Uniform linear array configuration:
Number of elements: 16
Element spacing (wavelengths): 0.75
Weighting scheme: blackman
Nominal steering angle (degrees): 0
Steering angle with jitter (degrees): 0.8124
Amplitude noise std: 0.05
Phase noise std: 0.05

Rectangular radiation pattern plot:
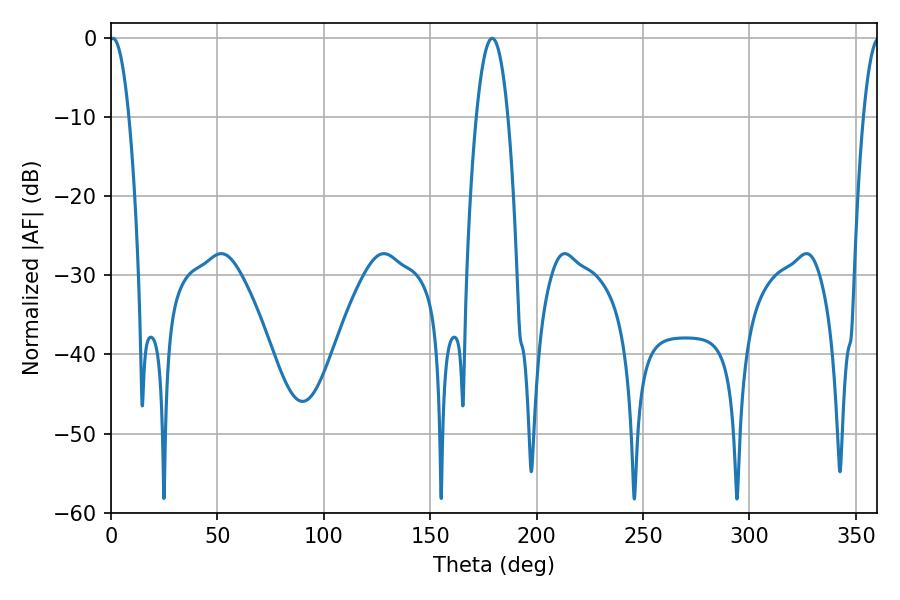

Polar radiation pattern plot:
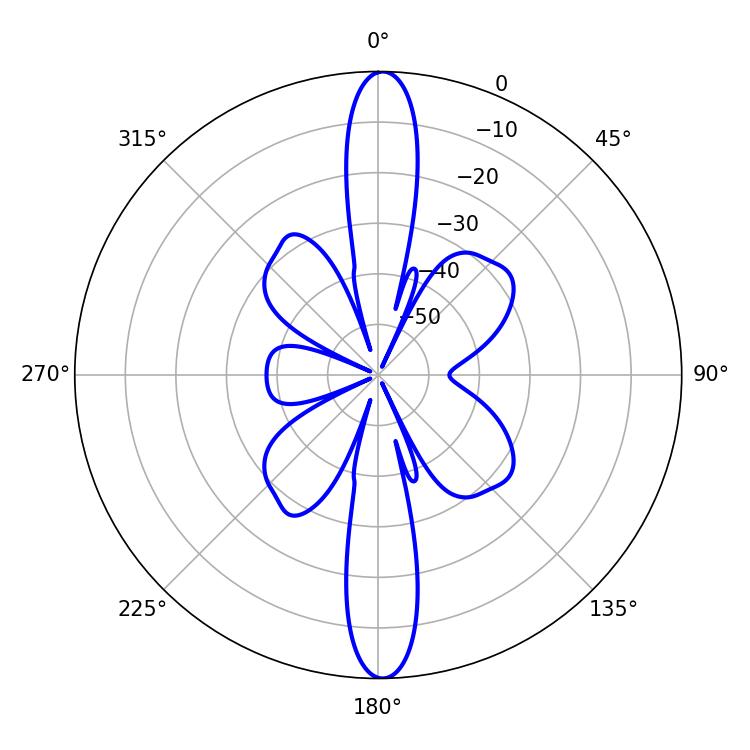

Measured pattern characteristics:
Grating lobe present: TRUE
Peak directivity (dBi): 25.753
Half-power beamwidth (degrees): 5.04
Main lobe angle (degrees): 0.9